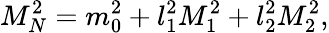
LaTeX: M_{N}^{2}=m_{0}^{2}+l_{1}^{2}M_{1}^{2}+l_{2}^{2}M_{2}^{2},